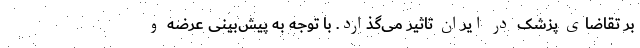
بر تقاضای پزشک در ایران تاثیر می‌گذارد. با توجه به پیش‌بینی عرضه و